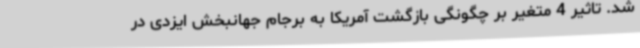
شد. تاثیر 4 متغیر بر چگونگی بازگشت آمریکا به برجام جهانبخش ایزدی در